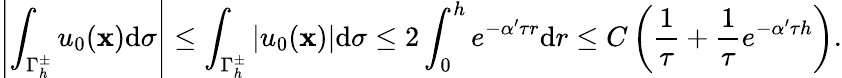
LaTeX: \left|{\int_{\Gamma_{h}^{\pm}}{{u_{0}}(\mathbf x)}\mathrm d\sigma}\right|\leq\int_{\Gamma_{h}^{\pm}}{\left|{{u_{0}}(\mathbf x)}\right|}\mathrm d\sigma\leq 2\int_{0}^{h}{{e^{-\alpha^{\prime}\tau r}}}\mathrm dr\leq C\left({\frac{1}{\tau}}+{\frac{1}{\tau}}{e^{-\alpha^{\prime}\tau h}}\right).